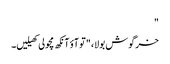
"
خرگوش بولا، "تو آؤ آنکھ مچولی کھیلیں۔